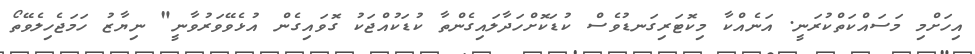
އިހަށްމި މަސައްކަތްކުރަނީ. އަނެއްކާ މިކޮޓަރިގަނޑުވެސް ކުޑަކޮށްހަދާލައިގެންތާ ކުޑަކުއްޖަކު ގޮވައިގެން އުޅެވޭވަރުވާނީ" ނިޔާޒު ހަމަޖެހިލެވޭތޯ